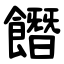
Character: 䭙